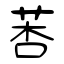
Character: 莕